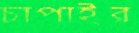
চাপাইর